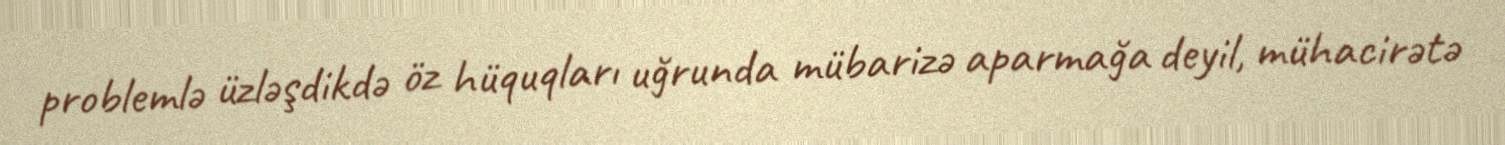
problemlə üzləşdikdə öz hüquqları uğrunda mübarizə aparmağa deyil, mühacirətə